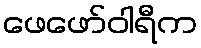
ဖေဖော်ဝါရီက